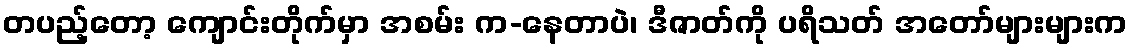
တပည့်တော့ ကျောင်းတိုက်မှာ အစမ်း က-နေတာပဲ၊ ဒီဇာတ်ကို ပရိသတ် အတော်များများက